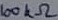
Text: 100KΩ